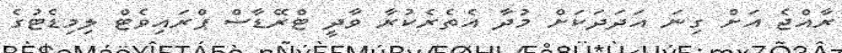
ރާއްޖެ އަށް ގިނަ އަދަދަކަށް މުދާ އެތެރެކުރާ ވާދީ ޓްރޭޑާސް ޕްރައިވެޓް ލިމިޑެޓުގެ